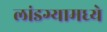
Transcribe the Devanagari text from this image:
लांडग्यामध्ये